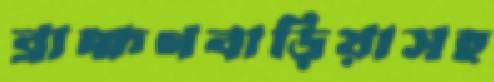
ব্রাহ্মণবাড়িয়াসহ